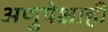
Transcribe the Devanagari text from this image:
अणुपेक्षाही